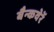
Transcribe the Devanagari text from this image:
बैन्कवेरें